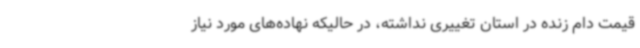
قیمت دام زنده در استان تغییری نداشته، در حالیکه نهاده‌های مورد نیاز